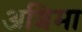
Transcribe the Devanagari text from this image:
अशिमा